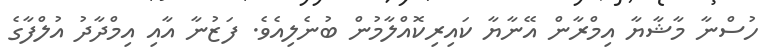
ހުސްނާ މާޝާޔާ އިމްރާން އޭނާޔާ ކައިރިކޮއްލާމުން ބުނެލިއެވެ. ފަޒުނާ އާއި އިމްދާދު އުލްފާގެ